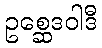
ဥစ္ဆေဒဝါဒီ